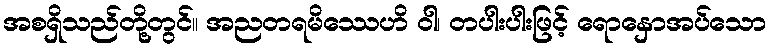
အစရှိသည်တို့တွင်။ အညတရမိဿေဟိ ဝါ၊ တပါးပါးဖြင့် ရောနှောအပ်သော